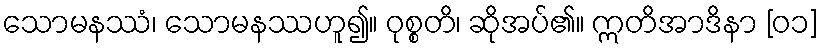
သောမနဿံ၊ သောမနဿဟူ၍။ ဝုစ္စတိ၊ ဆိုအပ်၏။ ဣတိအာဒိနာ [၀၁]